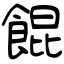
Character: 餛